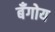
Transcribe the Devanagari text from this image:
बँगोय